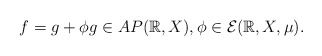
\begin{align*}f = g+\phi g\in AP(\mathbb{R},X) , \phi\in\mathcal{E}(\mathbb{R},X,\mu).\end{align*}